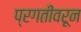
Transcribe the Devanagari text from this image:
प्रगतीवरून